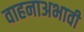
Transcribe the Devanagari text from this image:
वाहनाअभावी